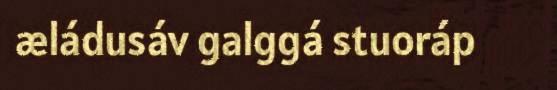
æládusáv galggá stuoráp